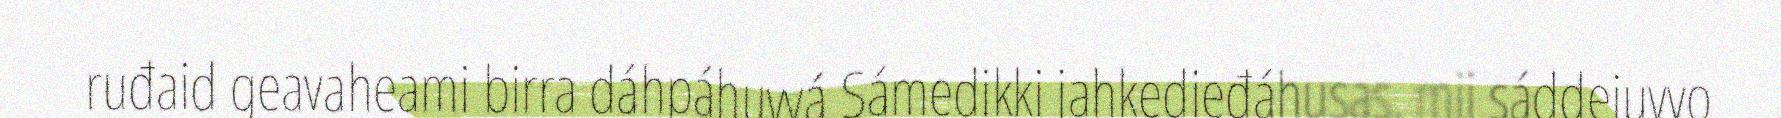
ruđaid geavaheami birra dáhpáhuvvá Sámedikki jahkedieđáhusas, mii sáddejuvvo